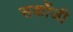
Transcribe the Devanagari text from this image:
सर्कोजी